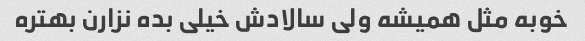
خوبه مثل همیشه ولی سالادش خیلی بده نزارن بهتره